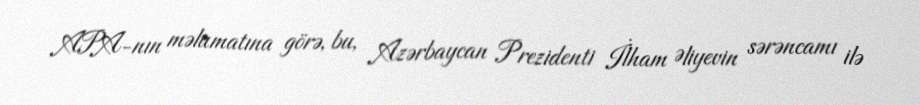
APA-nın məlumatına görə, bu, Azərbaycan Prezidenti İlham Əliyevin sərəncamı ilə